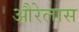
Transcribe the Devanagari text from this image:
औरेलास